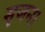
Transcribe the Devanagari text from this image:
सृजन।